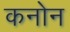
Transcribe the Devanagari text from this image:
कनोन